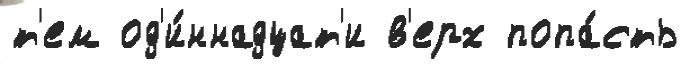
т'ем од'и́ннадцат'и в'ерх попа́сть